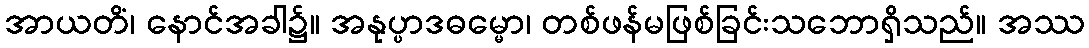
အာယတိံ၊ နောင်အခါ၌။ အနုပ္ပာဒဓမ္မော၊ တစ်ဖန်မဖြစ်ခြင်းသဘောရှိသည်။ အဿ